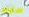
سايلم